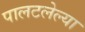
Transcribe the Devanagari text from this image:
पालटलेल्या